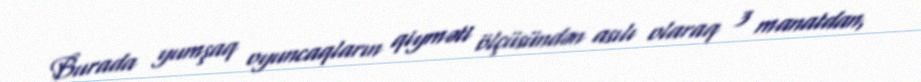
Burada yumşaq oyuncaqların qiyməti ölçüsündən asılı olaraq 3 manatdan,